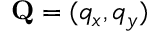
{ \bf Q } = ( q _ { x } , q _ { y } )